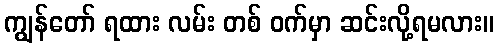
ကျွန်တော် ရထား လမ်း တစ် ဝက်မှာ ဆင်းလို့ရမလား။